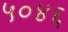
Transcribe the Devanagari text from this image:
५०४६